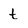
Character: t